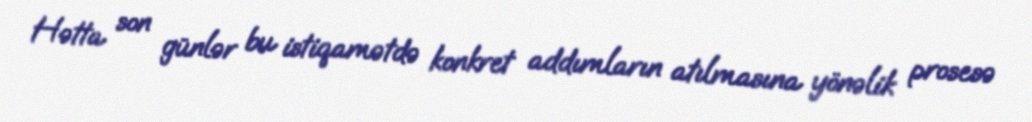
Hətta son günlər bu istiqamətdə konkret addımların atılmasına yönəlik prosesə